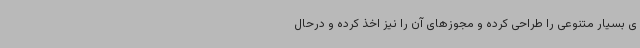
ی بسیار متنوعی را طراحی کرده و مجوزهای آن را نیز اخذ کرده و درحال